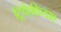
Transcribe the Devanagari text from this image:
ट्रिकेकिडाए